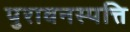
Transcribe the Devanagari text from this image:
पुरावनस्पत्ति